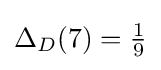
\Delta _{D}(7)={\tfrac {1}{9}}